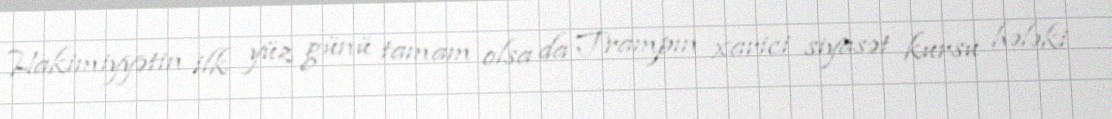
Hakimiyyətin ilk yüz günü tamam olsa da Trampın xarici siyasət kursu hələki